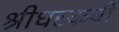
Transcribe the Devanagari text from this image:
श्रीधरकवी